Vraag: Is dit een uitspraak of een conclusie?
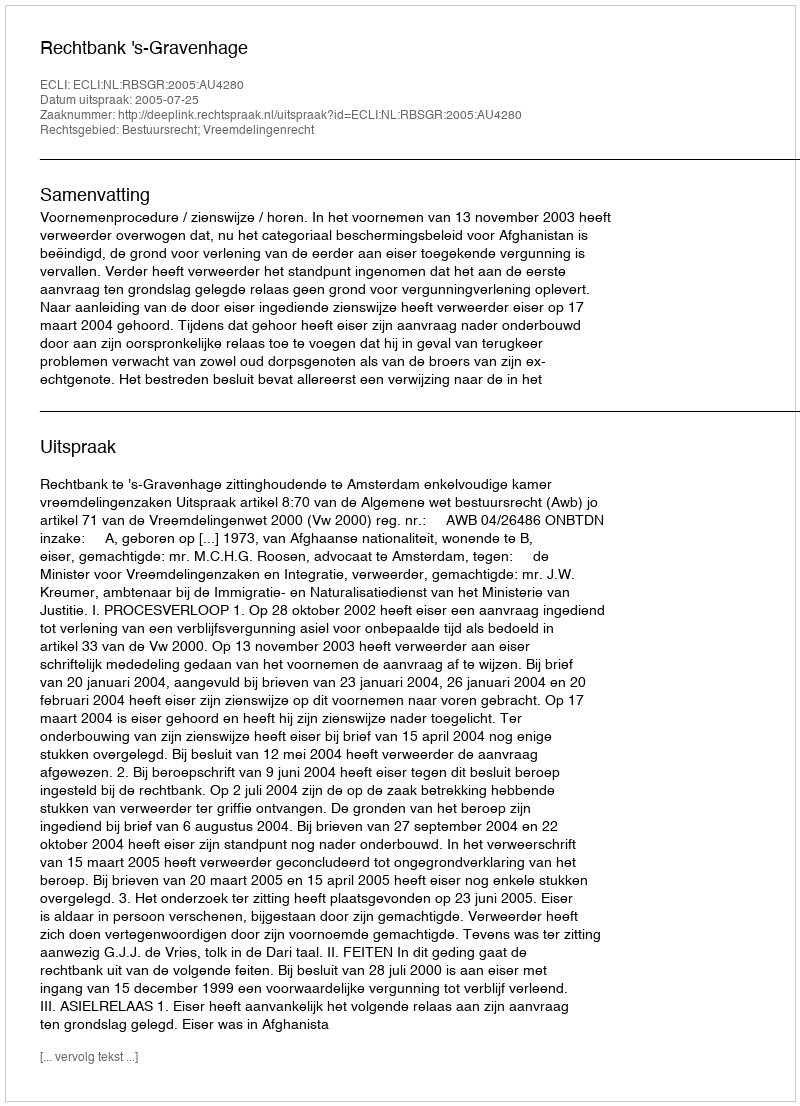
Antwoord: Uitspraak